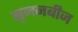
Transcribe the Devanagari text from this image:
सृजनबीज